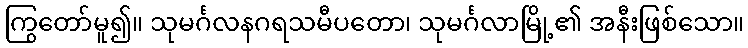
ကြွတော်မူ၍။ သုမင်္ဂလနဂရသမီပတော၊ သုမင်္ဂလာမြို့၏ အနီးဖြစ်သော။